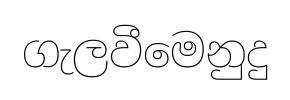
ගැලවීමෙනුදු